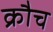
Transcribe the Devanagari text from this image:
क्रौच